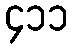
၄၁၁